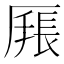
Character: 𰆩